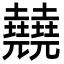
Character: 㚁